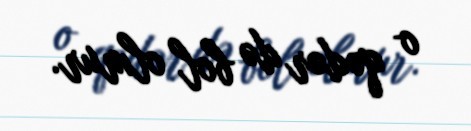
o qədər də bol olmur.